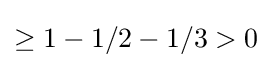
\geq 1-1/2-1/3>0